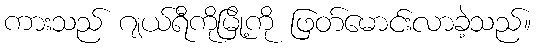
ကားသည် ဂျယ်ရီကိုမြို့ကို ဖြတ်မောင်းလာခဲ့သည်။